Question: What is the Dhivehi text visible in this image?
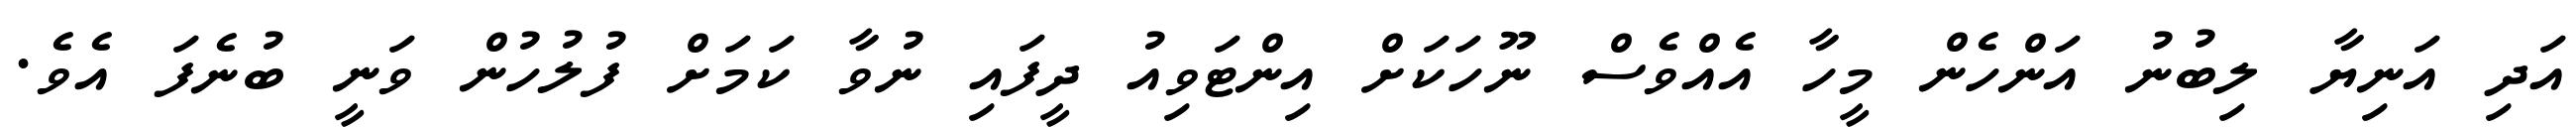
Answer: އަދި އަނިޔާ ލިބުނު އަންހެން މީހާ އެއްވެސް ނޫހަކަށް އިންޓަވިއު ދީފައި ނުވާ ކަމަށް ފުލުހުން ވަނީ ބުނެފަ އެވެ.